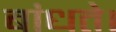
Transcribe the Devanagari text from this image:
बांधते।